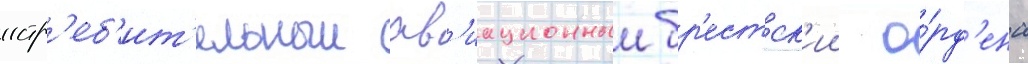
истр'еб'ит'ельныи ав'иационныи бр'естск'ии о́рд'ена